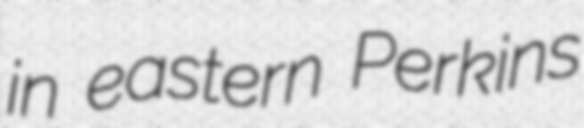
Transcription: in eastern Perkins